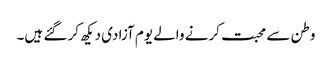
وطن سے محبت کرنے والے یوم آزادی دیکھ کر گئے ہیں۔